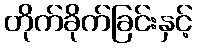
တိုက်ခိုက်ခြင်းနှင့်